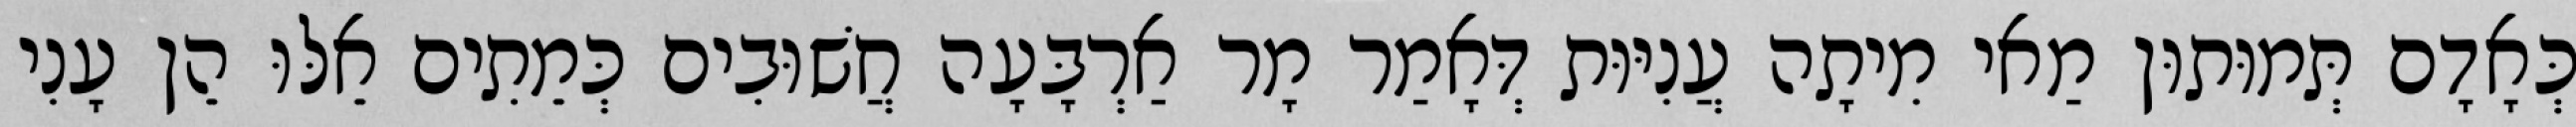
כְּאָדָם תְּמוּתוּן מַאי מִיתָה עֲנִיּוּת דְּאָמַר מָר אַרְבָּעָה חֲשׁוּבִים כְּמֵתִים אֵלּוּ הֵן עָנִי